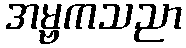
အမ္ဗကသညာ